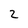
Character: 2